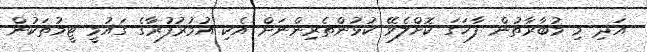
އަދި މި މުބާރާތުން ފާހަގަ ކޮށްލެވޭ ކުޅުންތެރިންނަށް އެކި އުމުރުފުރާގެ ގައުމީ ޓީމުތަކުން